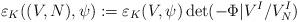
LaTeX: \begin{align*}\varepsilon_K((V,N), \psi): = \varepsilon_K(V,\psi) \det( - \Phi |V^I / V^I_N)\end{align*}